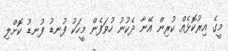
މީގެ އިރުކޮޅެއް ކުރިން އޭނާ ދެކުނު ހުވަފެން މީހަކު ފުނޑު ފުނޑު ކޮށްލި